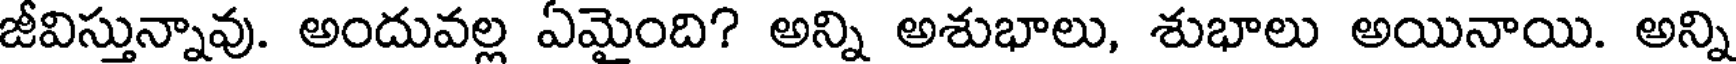
జీవిస్తున్నావు. అందువల్ల ఏమైంది? అన్ని అశుభాలు, శుభాలు అయినాయి. అన్ని